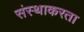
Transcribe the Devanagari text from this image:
संस्थाकरता